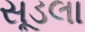
સૂડલા